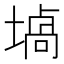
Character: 𰊞